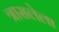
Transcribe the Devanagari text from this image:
त्रासलेला